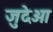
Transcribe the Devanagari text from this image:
जुदेओ